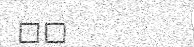
١١